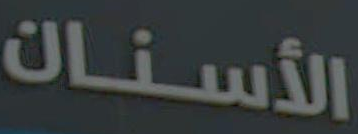
الأسنان